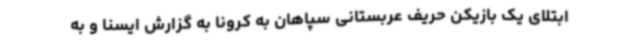
ابتلای یک بازیکن حریف عربستانی سپاهان به کرونا به گزارش ایسنا و به